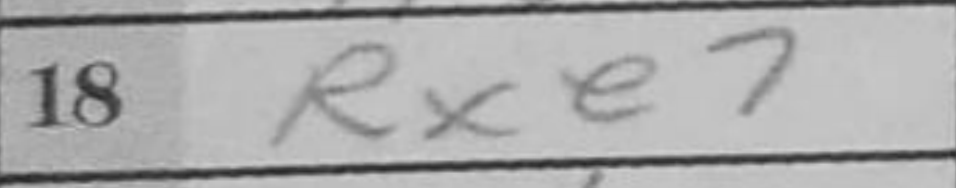
Transcription: Rxe7